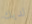
لديك